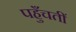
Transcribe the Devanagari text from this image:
पहुँचतीं